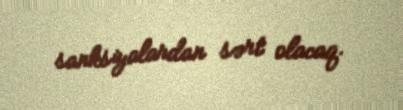
sanksiyalardan sərt olacaq.